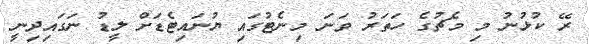
ރޭ ކުޅުނު މި މެޗުގެ ހަތަރު ވަނަ މިނެޓުގައި ޔުނައިޓެޑަށް ލީޑު ނަގައިދިނީ